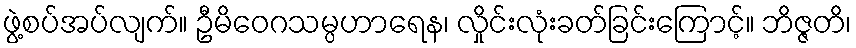
ဖွဲ့စပ်အပ်လျက်။ ဦမိဝေဂသမ္ပဟာရေန၊ လှိုင်းလုံးခတ်ခြင်းကြောင့်။ ဘိဇ္ဇတိ၊